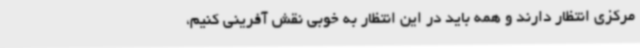
مرکزی انتظار دارند و همه باید در این انتظار به خوبی نقش آفرینی کنیم،